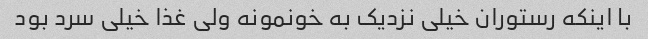
با اینکه رستوران خیلی نزدیک به خونمونه ولی غذا خیلی سرد بود